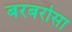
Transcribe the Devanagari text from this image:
बरबरोसा